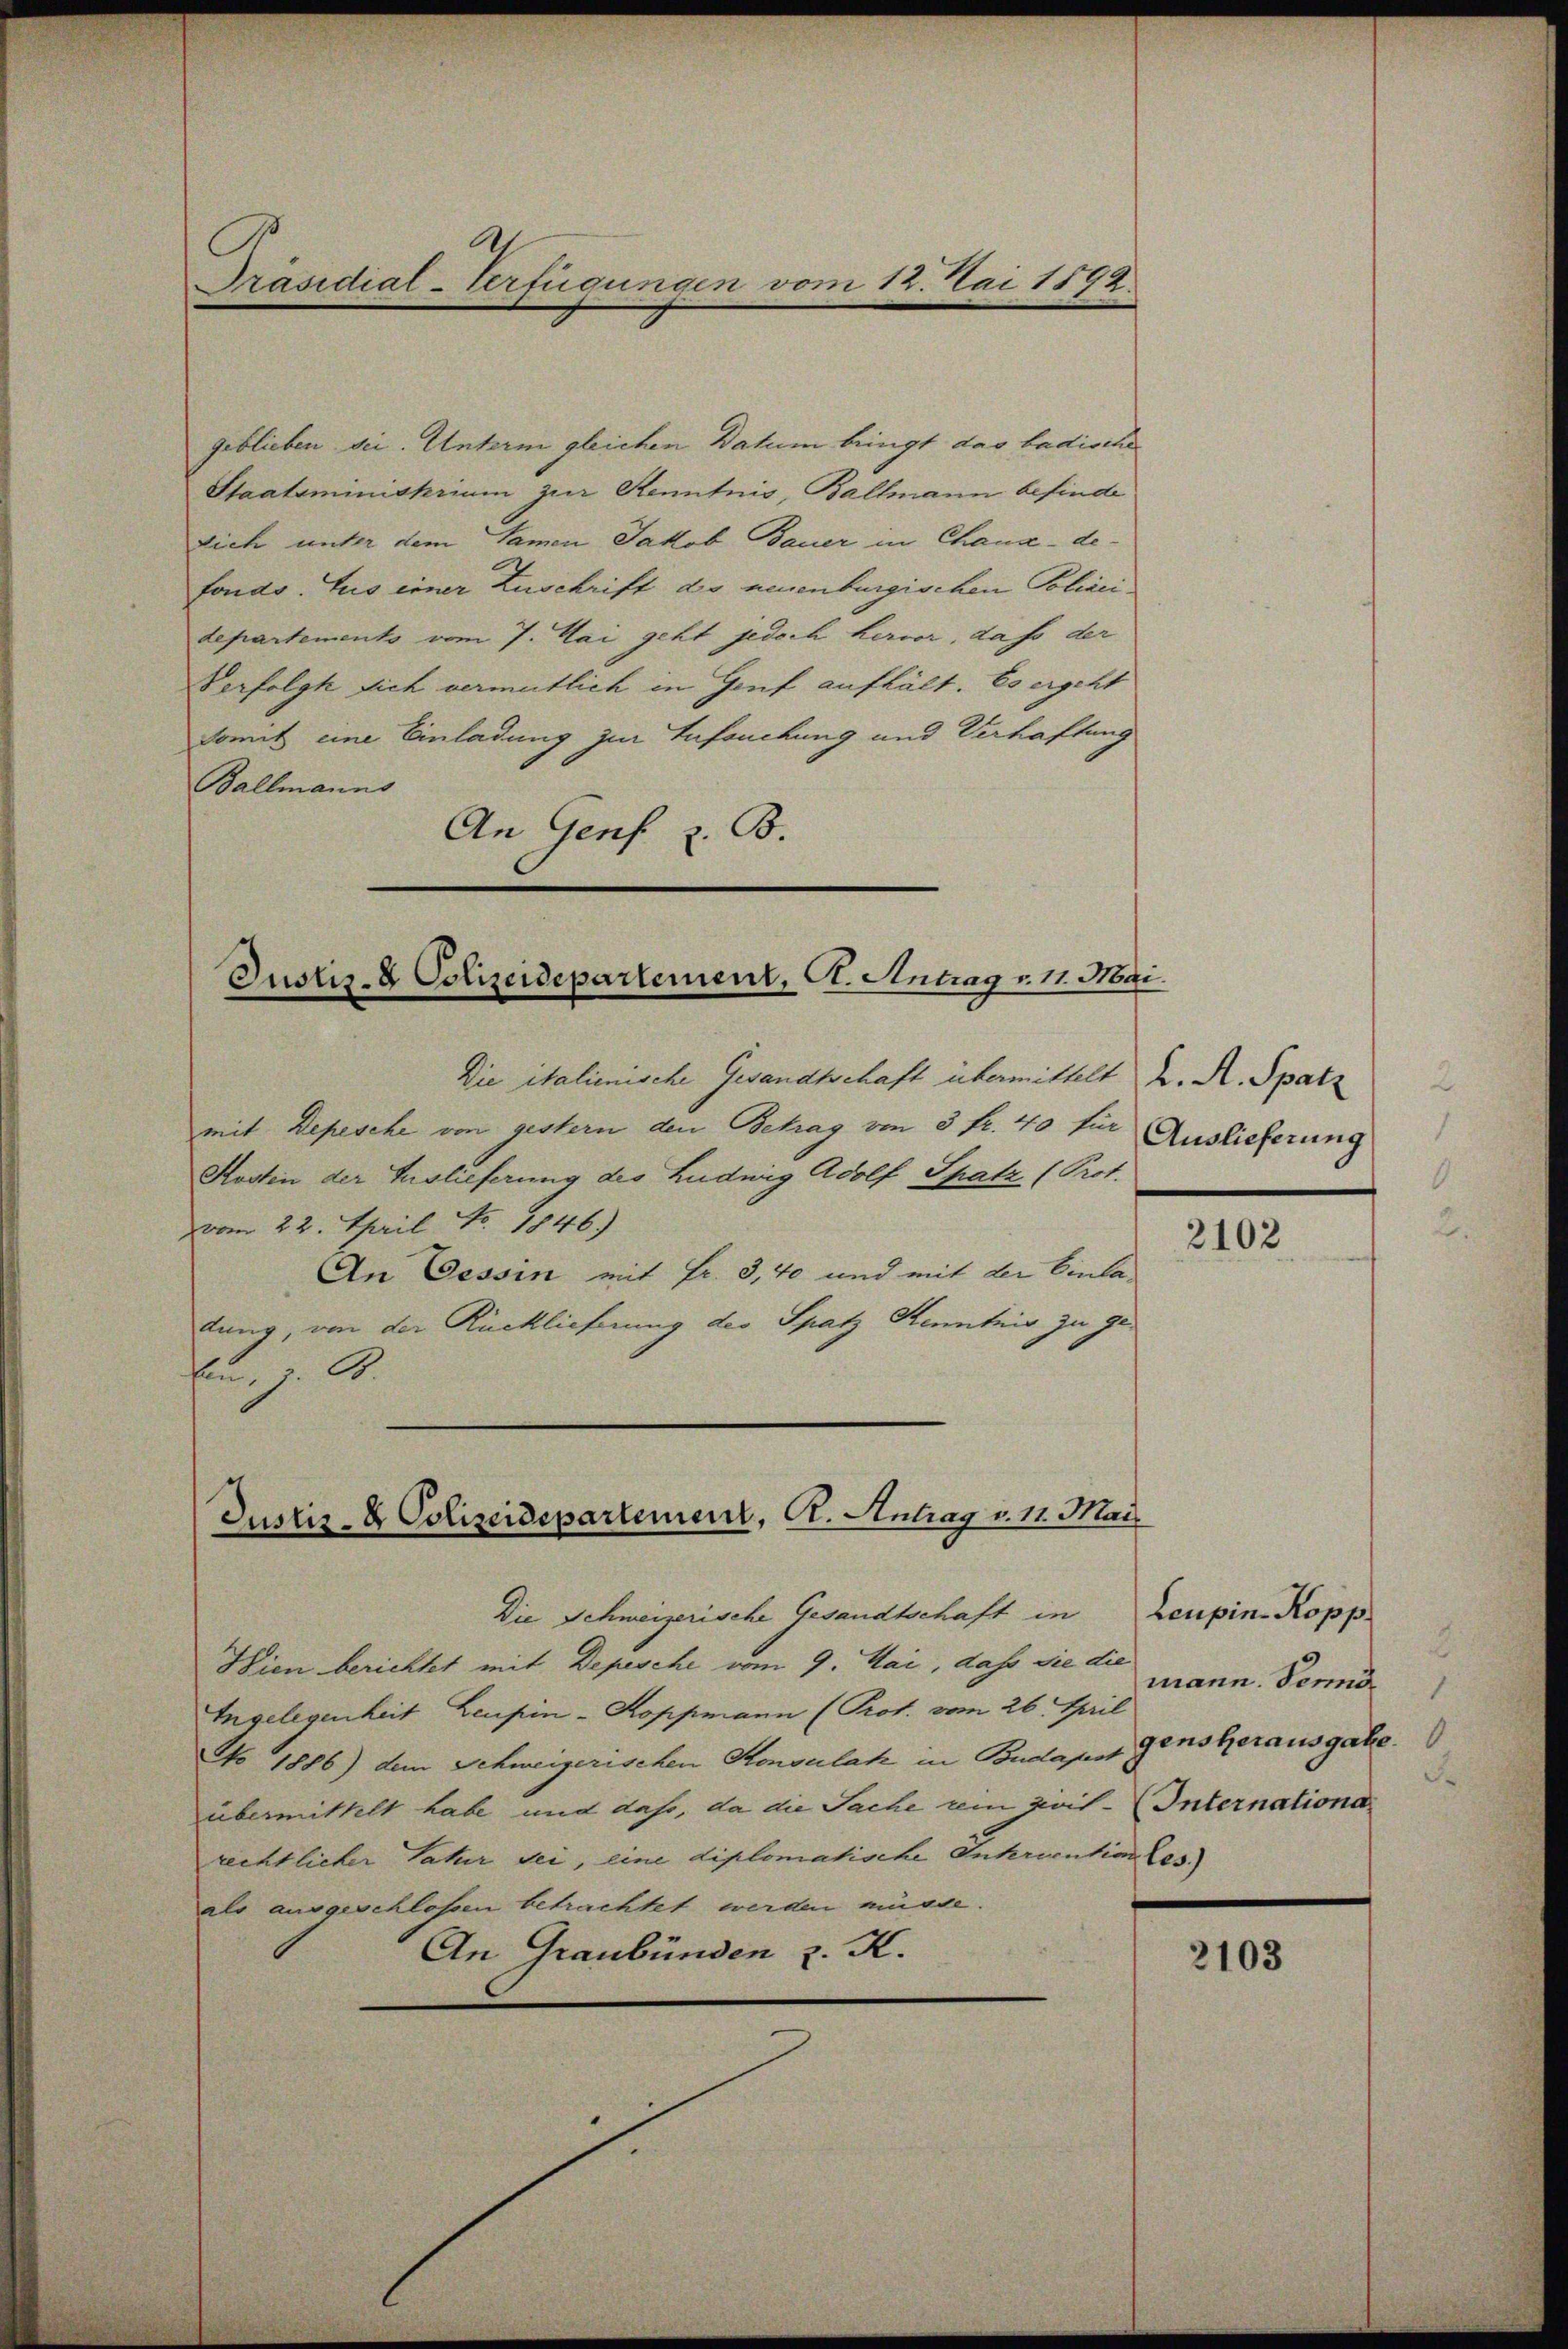
Präsidial-Verfügungen vom 12. Mai 1892.

geblieben sie. Unterm gleichen Datum bringt das badische
Staatsministrium zur Kenntnis, Ballmann befinde
sich unter dem Samen Jakob Bauer in Chaux-de-
fonds. Aus einer Zuschrift die neuenburgischen Polizeidepartements vom 7. Mai geht jedoch hervor, das der
Verfolgt sich vermutlich in Genf aufhält. Es ergeht
somit eine Einladung zur Aufsuchung und Verhaftung
Ballmanns
An Genf z. B.

Justiz- & Polizeidepartement. A. Antrag v. 11. Mai.

Die italienische Gesandtschaft übermittelt K. A. Spatz
mit Depesche von gestern den Betrag von 5 fr. 40 für
Kosten der Auslieferung des Ludwig Adolf Spatz (Prot.
vvom 22. April No. 1846)
An Cessin mit Fr. 3, 40 und mit der Einladung, von der Rücklieferung des Spatz Kenntnis zu ge-
E, z. B.

Justiz- & Polizeidepartement, C. Antrag v. 11. Mai

Die Schweizerische Gesandtschaft in
Wien berichtet mit Depesche vom 9. Mai, daß sie die mann. Denno
Ingelegenheit Leupin-Koppmann (Prot. vom 26. April
No 1886) dem Schweizerischen Konsulat in Budapest gensherausgabe.
übermittelt habe und daß, da die Sache um zivil-Internationa
rechtlicher Vater sei, eine diplomatische Inkriention Ces.)
als ausgeschlossen betrachtet werden müsse.
An Graubünden z. K.

Auslieferung

2102

Leupin. Kopp
F

2103